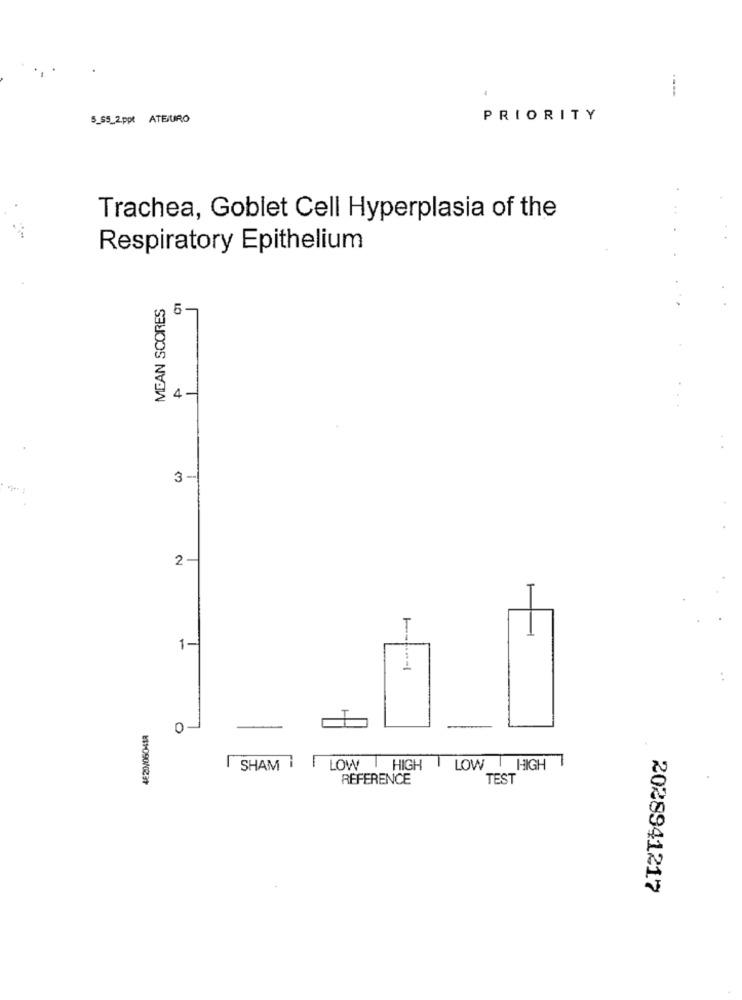
.
5_s_2.ppt ATEURO
PRIORITY
Trachea, Goblet Cell Hyperplasia of the
Respiratory Epithelium
MEAN SCORES
5-
4-
3-
2
T
1-
01
SHAM
LOW | HIGH
LOW HIGH
REFERENCE
TEST
2028941217